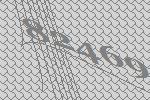
82469